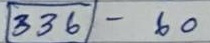
336 - 60